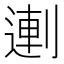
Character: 𰄻